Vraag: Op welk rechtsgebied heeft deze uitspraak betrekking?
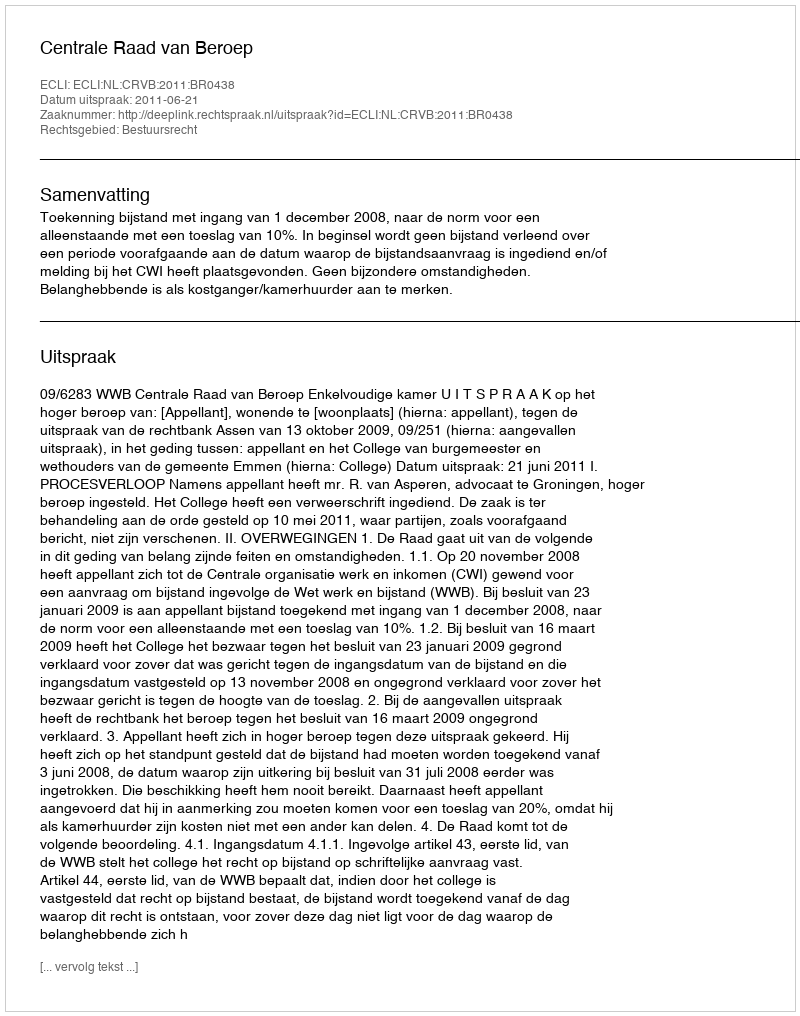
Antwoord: Bestuursrecht